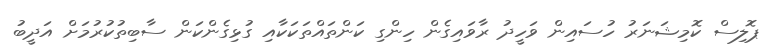
ޕޮލިސް ކޮމިޝަނަރު ހުސައިން ވަހީދު ރާވައިގެން ހިންގި ކަންތައްތަކަކާއި ގުޅިގެންކަން ސާބިތުކުރުމަށް އަދީބު